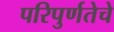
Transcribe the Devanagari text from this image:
परिपुर्णतेचे